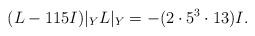
LaTeX: \begin{align*}(L - 115I)|_{Y}L|_{Y} = -(2\cdot 5^{3} \cdot 13)I.\end{align*}